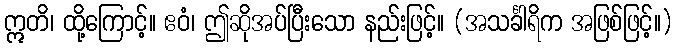
ဣတိ၊ ထို့ကြောင့်။ ဧဝံ၊ ဤဆိုအပ်ပြီးသော နည်းဖြင့်။ (အသင်္ခါရိက အဖြစ်ဖြင့်။)